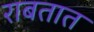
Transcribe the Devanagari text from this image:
राबतात